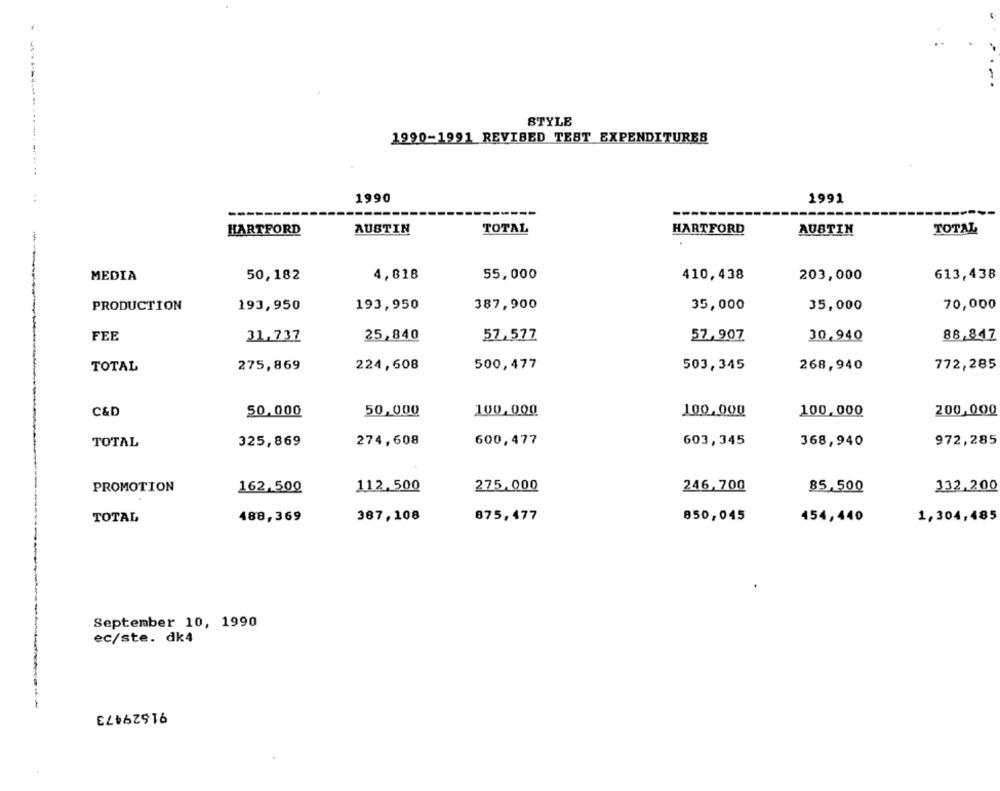
STYLE
1990-1991 REVIBED TEST EXPENDITURES
1 .
1990
1991
TOTAL
HARTFORD
AUSTIN
HARTFORD
AUSTIN
TOTAL
MEDIA
50,182
4,818
55,000
410,438
203,000
613,438
PRODUCTION
193,950
193,950
387,900
35,000
35,000
70,000
FEE
31.737
25,840
57.577
57,907
30,940
88,847
TOTAL
275,869
224,608
500,477
503,345
268,940
772,285
100,000
200,000
C&D
50.000
50,000
100,000
100,000
TOTAL
325,869
274,608
600,477
603,345
368,940
972,285
PROMOTION
162,500
112.500
275,000
246,700
85,500
332,200
TOTAL
488,369
367,108
875,477
850,045
454,440
1,304,485
September 10, 1990
ec/ste. dk4
91629473